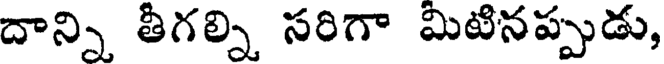
దాన్ని తీగల్ని సరిగా మిటినప్పుడు,